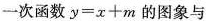
一次函数$$y=x+m$$的图象与